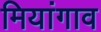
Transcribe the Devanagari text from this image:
मियांगाव